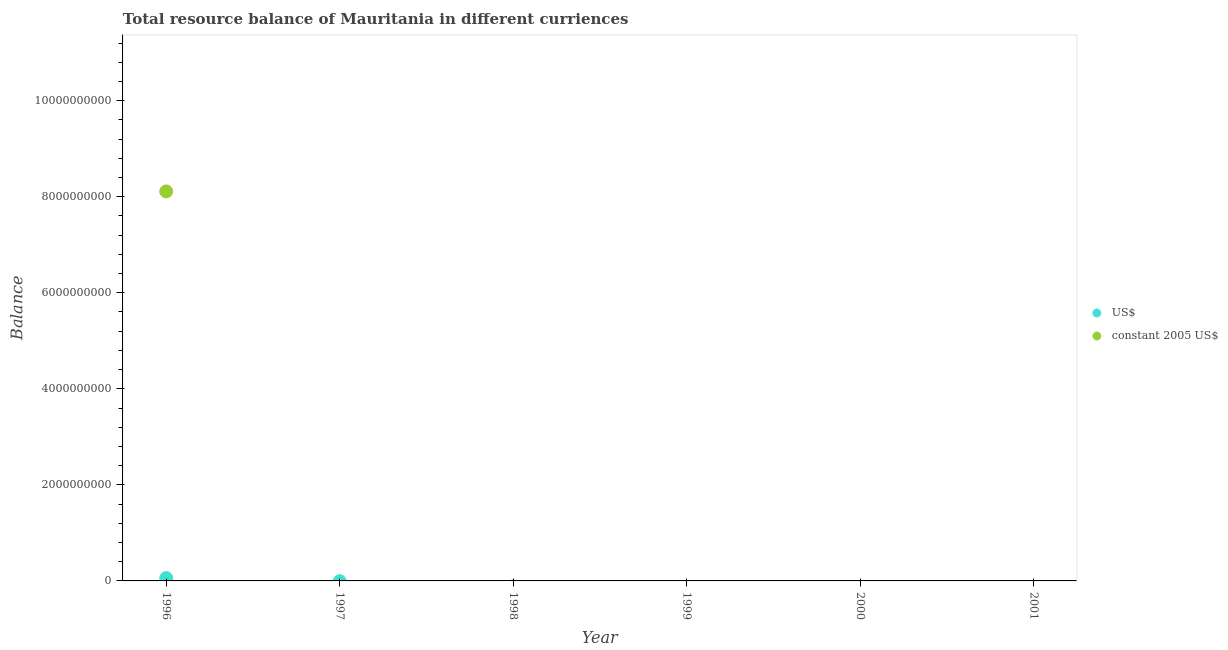
| Year | US$ | constant 2005 US$ |
 | --- | --- | --- |
 | 1996 | 5.91e+07 | 8.11e+09 |
 | 1997 | -5.35e+06 | -8.13e+08 |
 | 1998 | -1.12e+08 | -2.11e+10 |
 | 1999 | -1.32e+08 | -2.76e+10 |
 | 2000 | -1.98e+08 | -4.74e+10 |
 | 2001 | -2.23e+08 | -5.71e+10 |